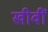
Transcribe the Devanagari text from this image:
खीवीं